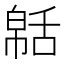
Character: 𦧠